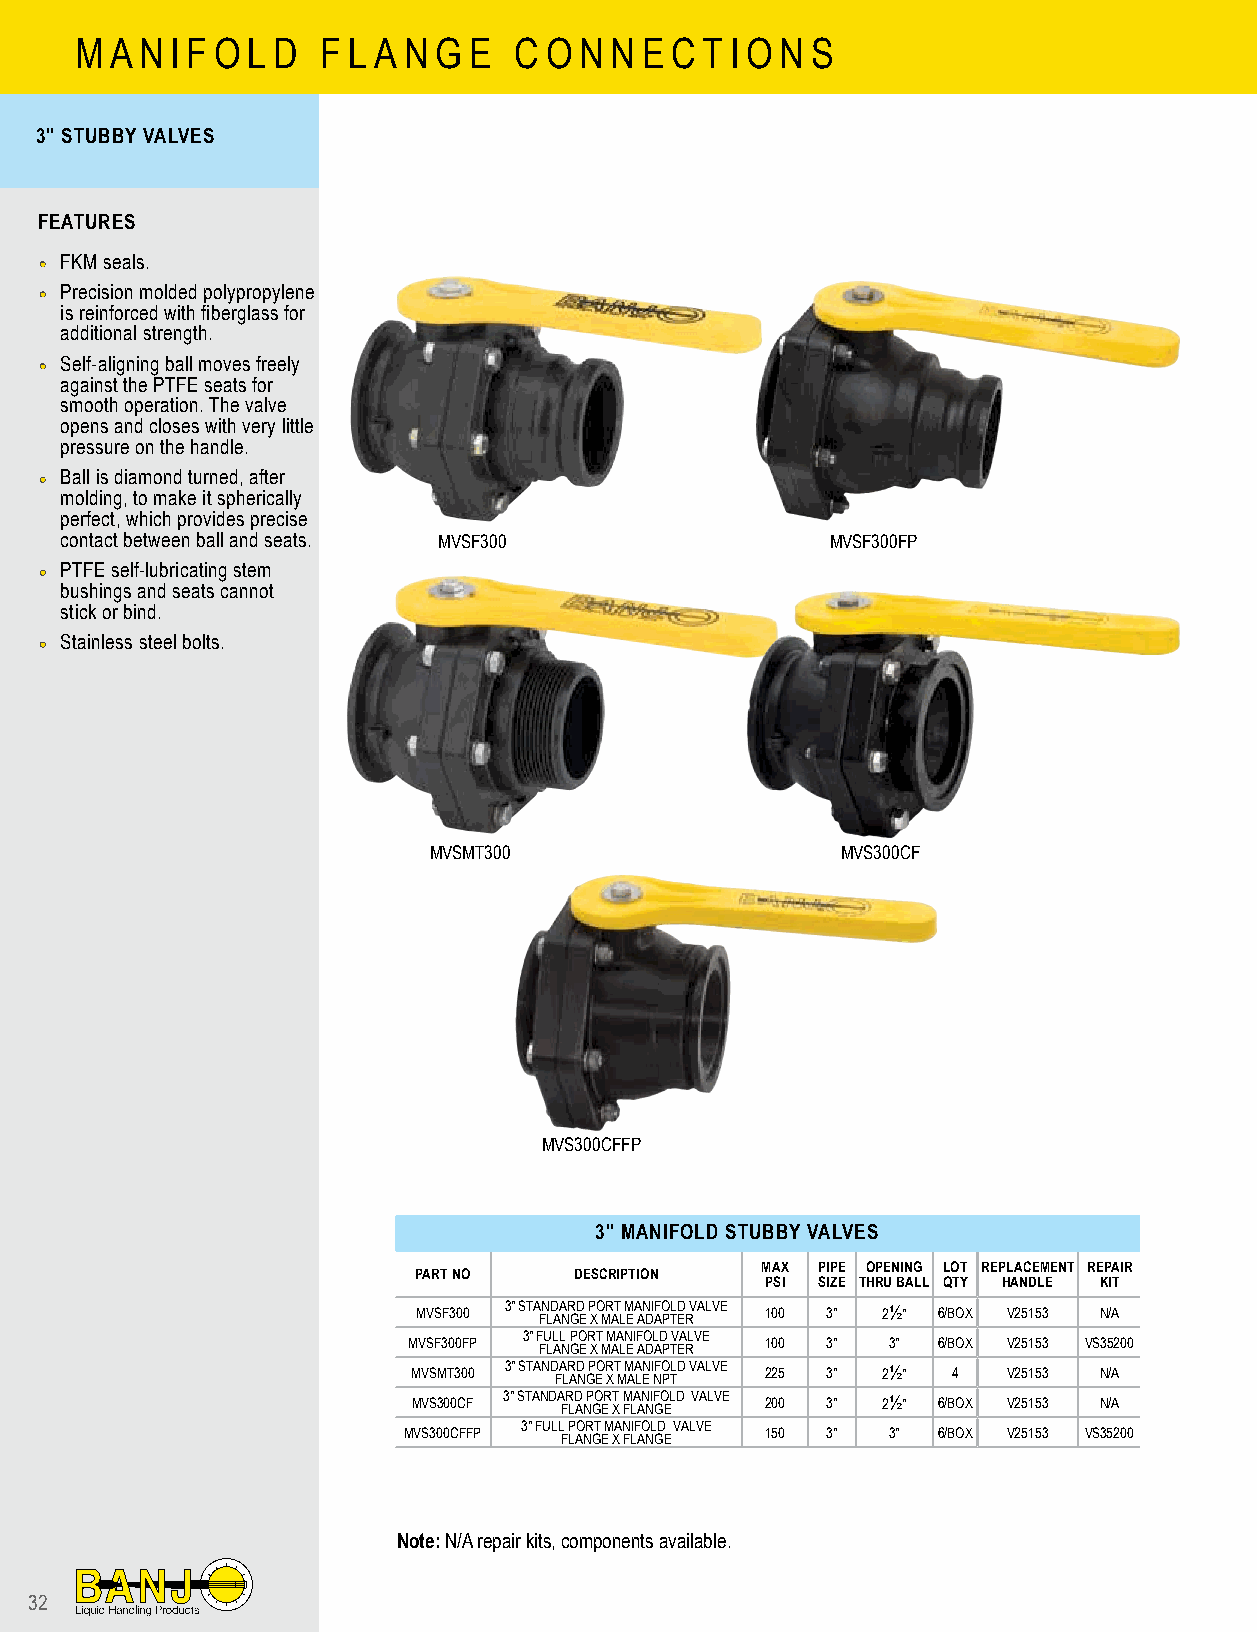
M A N I F O L D F L A N G E  C O N N E C T I O N S
 3" STUBBY VALVES
 FEATURES
 •• FKM seals.
 •• Precision molded polypropylene
 is reinforced with fiberglass for
 additional strength.
 •• Self-aligning ball moves freely
 against the PTFE seats for
 smooth operation. The valve
 opens and closes with very little
 pressure on the handle.
 •• Ball is diamond turned, after
 molding, to make it spherically
 perfect, which provides precise
 contact between ball and seats. MVSF300            MVSF300FP
 •• PTFE self-lubricating stem
 bushings and seats cannot
 stick or bind.
 •• Stainless steel bolts.
 MVSMT300                    MVS300CF
 MVS300CFFP
 3" MANIFOLD STUBBY VALVES
 MAX PIPE OPENING LOT REPLACEMENT REPAIR
 PART NO    DESCRIPTION
 PSI SIZE THRU BALL QTY HANDLE KIT
 MVSF300 3" STA FN LD AA NR GD E P XO MR AT L M E A AN DI AFO PTL ED R VALVE 100 3" 2½" 6/BOX V25153 N/A
 MVSF300FP 3" F FU LALL N GPO E R XT M M AA LN EI F AO DL AD P TV EA RLVE 100 3" 3" 6/BOX V25153 VS35200
 MVSMT300 3" STAND FA LR AD N GP EO R XT M M AA LEN I NFO PTLD VALVE 225 3" 2½" 4 V25153 N/A
 MVS300CF 3" STANDA FR LD A NP GO ER T X M FLA AN NIF GO ELD VALVE 200 3" 2½" 6/BOX V25153 N/A
 MVS300CFFP 3" FULL F P LAO NR GT E M XA N FLIF AO NL GD E VALVE 150 3" 3" 6/BOX V25153 VS35200
 Note: N/A repair kits, components available.
 32